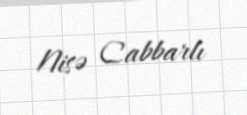
Nisə Cabbarlı